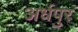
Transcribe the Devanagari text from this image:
अर्धपुर